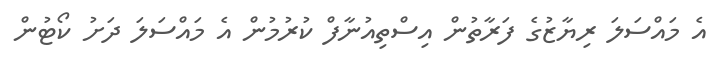
އެ މައްސަލަ ރިޔާޒުގެ ފަރާތުން އިސްތިއުނާފް ކުރުމުން އެ މައްސަލަ ދަށު ކޯޓުން